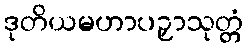
ဒုတိယမဟာပဉှာသုတ္တံ